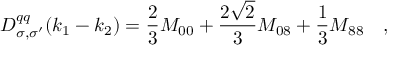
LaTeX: D _ { \sigma , \sigma ^ { \prime } } ^ { q q } ( k _ { 1 } - k _ { 2 } ) = \frac 2 3 M _ { 0 0 } + \frac { 2 \sqrt 2 } 3 M _ { 0 8 } + \frac 1 3 M _ { 8 8 } \quad ,